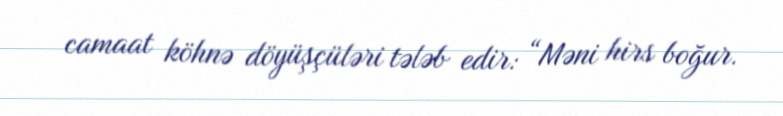
camaat köhnə döyüşçüləri tələb edir: “Məni hirs boğur.